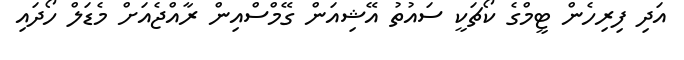
އަދި ފިރިހެން ޓީމްގެ ކޯޗަކީ ސައުތު އޭޝިއަން ގޭމްސްއިން ރާއްޖެއަށް މެޑަލް ހޯދައި